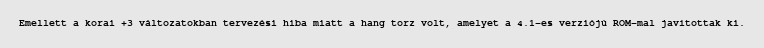
Emellett a korai +3 változatokban tervezési hiba miatt a hang torz volt, amelyet a 4.1-es verziójú ROM-mal javítottak ki.